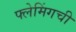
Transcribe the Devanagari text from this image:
फ्लेमिंगची